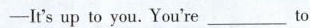
—It's up to you. You're___to